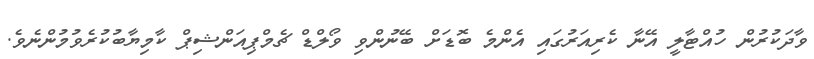
ވާދަކުރުން ހުއްޓާލީ އޭނާ ކެރިއަރުގައި އެންމެ ބޮޑަށް ބޭނުންވި ވޯލްޑް ޗެމްޕިއަންޝިޕް ކާމިޔާބުކުރެވުމުންނެވެ.